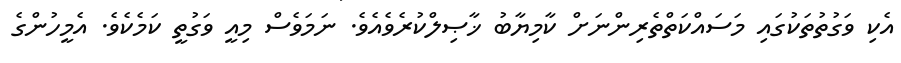
އެކި ވަގުތުތަކުގައި މަސައްކަތްތެރިންނަށް ކާމިޔާބު ޚާޞިލްކުރެވެއެވެ. ނަމަވެސް މިއީ ވަގުތީ ކަމެކެވެ. އެމީހުންގެ